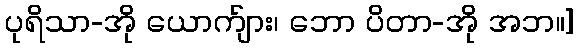
ပုရိသာ-အို ယောက်ျား၊ ဘော ပိတာ-အို အဘ။]